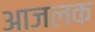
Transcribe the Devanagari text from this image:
आजलक